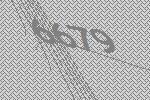
6679